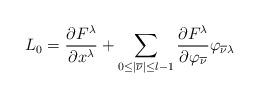
LaTeX: \begin{align*} L_0 = \frac{\partial F^\lambda}{\partial x^\lambda} + \sum_{0\le |{\overline{\nu}}|\le l-1} \frac{\partial F^\lambda}{\partial \varphi_{\overline{\nu}}} \varphi_{\overline{\nu}\lambda}\end{align*}